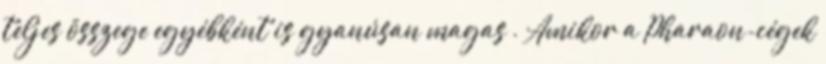
teljes összege egyébként is gyanúsan magas”. Amikor a Pharaon-cégek